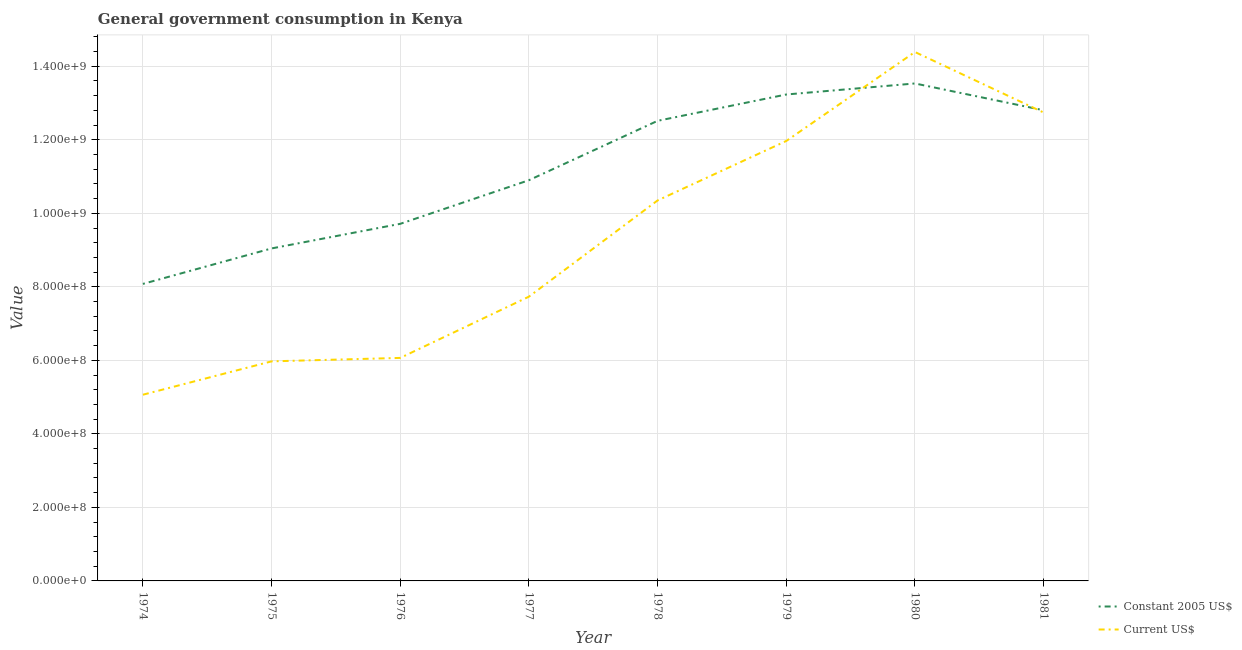
| Year | Constant 2005 US$ | Current US$ |
 | --- | --- | --- |
 | 1974 | 8.08e+08 | 5.07e+08 |
 | 1975 | 9.04e+08 | 5.97e+08 |
 | 1976 | 9.71e+08 | 6.07e+08 |
 | 1977 | 1.09e+09 | 7.73e+08 |
 | 1978 | 1.25e+09 | 1.04e+09 |
 | 1979 | 1.32e+09 | 1.2e+09 |
 | 1980 | 1.35e+09 | 1.44e+09 |
 | 1981 | 1.28e+09 | 1.27e+09 |